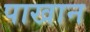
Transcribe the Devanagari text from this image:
पाखान